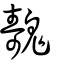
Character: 魗